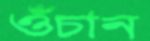
ওঁচান